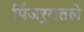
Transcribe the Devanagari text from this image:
पिंजर्‍यतले